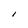
Character: I